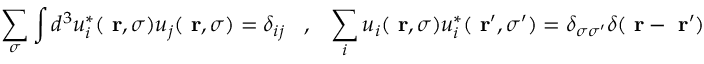
\sum _ { \sigma } \int d ^ { 3 } u _ { i } ^ { * } ( \mathrm { \bf ~ r } , \sigma ) u _ { j } ( \mathrm { \bf ~ r } , \sigma ) = \delta _ { i j } \; \; \; , \; \; \; \sum _ { i } u _ { i } ( \mathrm { \bf ~ r } , \sigma ) u _ { i } ^ { * } ( \mathrm { \bf ~ r } ^ { \prime } , \sigma ^ { \prime } ) = \delta _ { \sigma \sigma ^ { \prime } } \delta ( \mathrm { \bf ~ r } - \mathrm { \bf ~ r } ^ { \prime } )